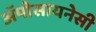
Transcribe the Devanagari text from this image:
अॅपोसायनेसी